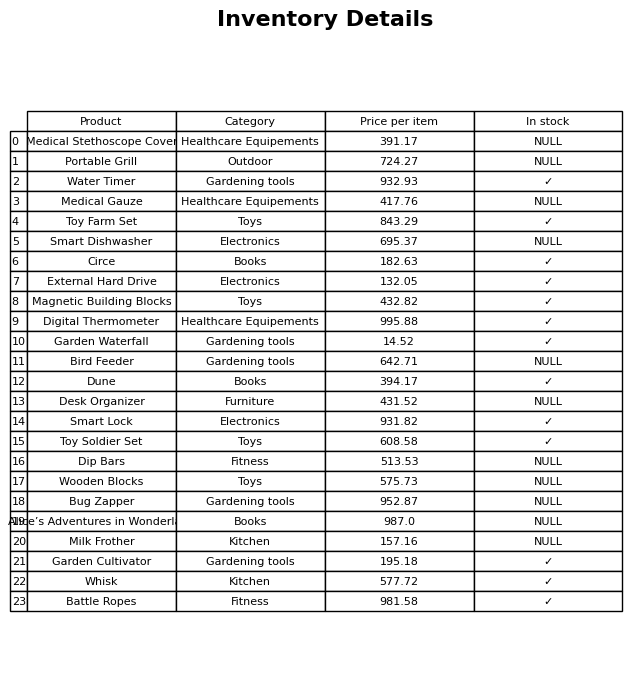
question: What is the price for Portable Grill?
answer: The price of Portable Grill is 724.27.